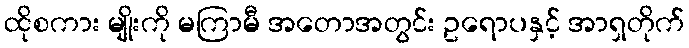
ထိုစကား မျိုးကို မကြာမီ အတောအတွင်း ဥရောပနှင့် အာရှတိုက်